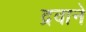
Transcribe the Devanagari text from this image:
द्रवाने